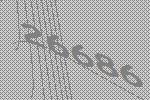
26686